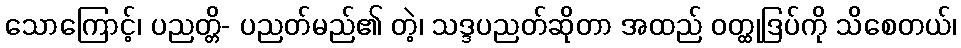
သောကြောင့်၊ ပညတ္တိ- ပညတ်မည်၏ တဲ့၊ သဒ္ဒပညတ်ဆိုတာ အထည် ဝတ္ထုဒြပ်ကို သိစေတယ်၊